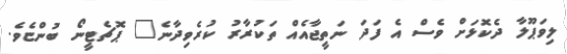
ލިވަޕޫލާ ދެކޮޅަށް ވެސް އެ ފަދަ ނަތީޖާއެއް ތަކުރާރު ކުރެވިދާނެ" ޕޮޗެޓީނޯ ބުންޏެވެ.